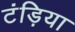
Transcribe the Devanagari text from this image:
टंड़िया